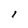
Character: I